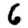
Digit: 6